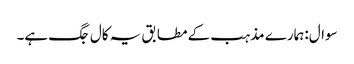
سوال:ہمارے مذہب کے مطابق یہ کال جگ ہے۔